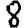
Digit: 8